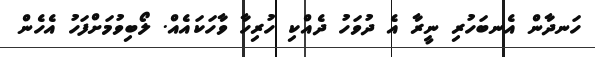
ހަނދާން އެނބަހުރި ނީރާ އެ ދުވަހު ދެއްކި ހުރިހާ ވާހަކައެއް. ލޯބިވުމަށްފަހު އެހެން